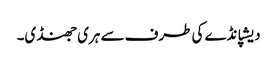
دیشپانڈے کی طرف سے ہری جھنڈی۔